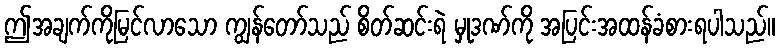
ဤအချက်ကိုမြင်လာသော ကျွန်တော်သည် စိတ်ဆင်းရဲ မှုဒဏ်ကို အပြင်းအထန်ခံစားရပါသည်။